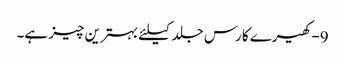
9-کھیرے کا رس جلد کیلئے بہترین چیز ہے۔